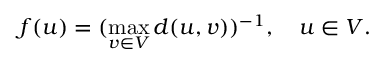
f ( u ) = ( \operatorname* { m a x } _ { v \in V } d ( u , v ) ) ^ { - 1 } , \quad u \in V .